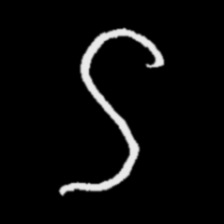
Pyu character \u2014 Myanmar letter: ဌ (romanized: ttha)